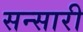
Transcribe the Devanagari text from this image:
सन्सारी